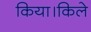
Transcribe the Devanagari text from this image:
किया।किले